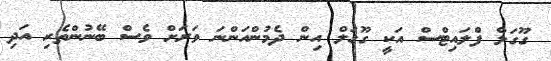
ގޫގަލް ފްލައިޓްސް އަކީ ގޫގަލް އިން ދެމުންއަންނަ ވަރަށް ވެސް ބޭނުންތެރި އަދި